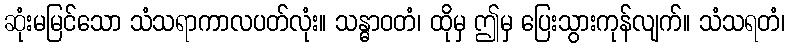
ဆုံးမမြင်သော သံသရာကာလပတ်လုံး။ သန္ဓာဝတံ၊ ထိုမှ ဤမှ ပြေးသွားကုန်လျက်။ သံသရတံ၊